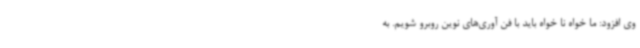
وی افزود: ما خواه نا خواه باید با فن آوری‌های نوین روبرو شویم. به